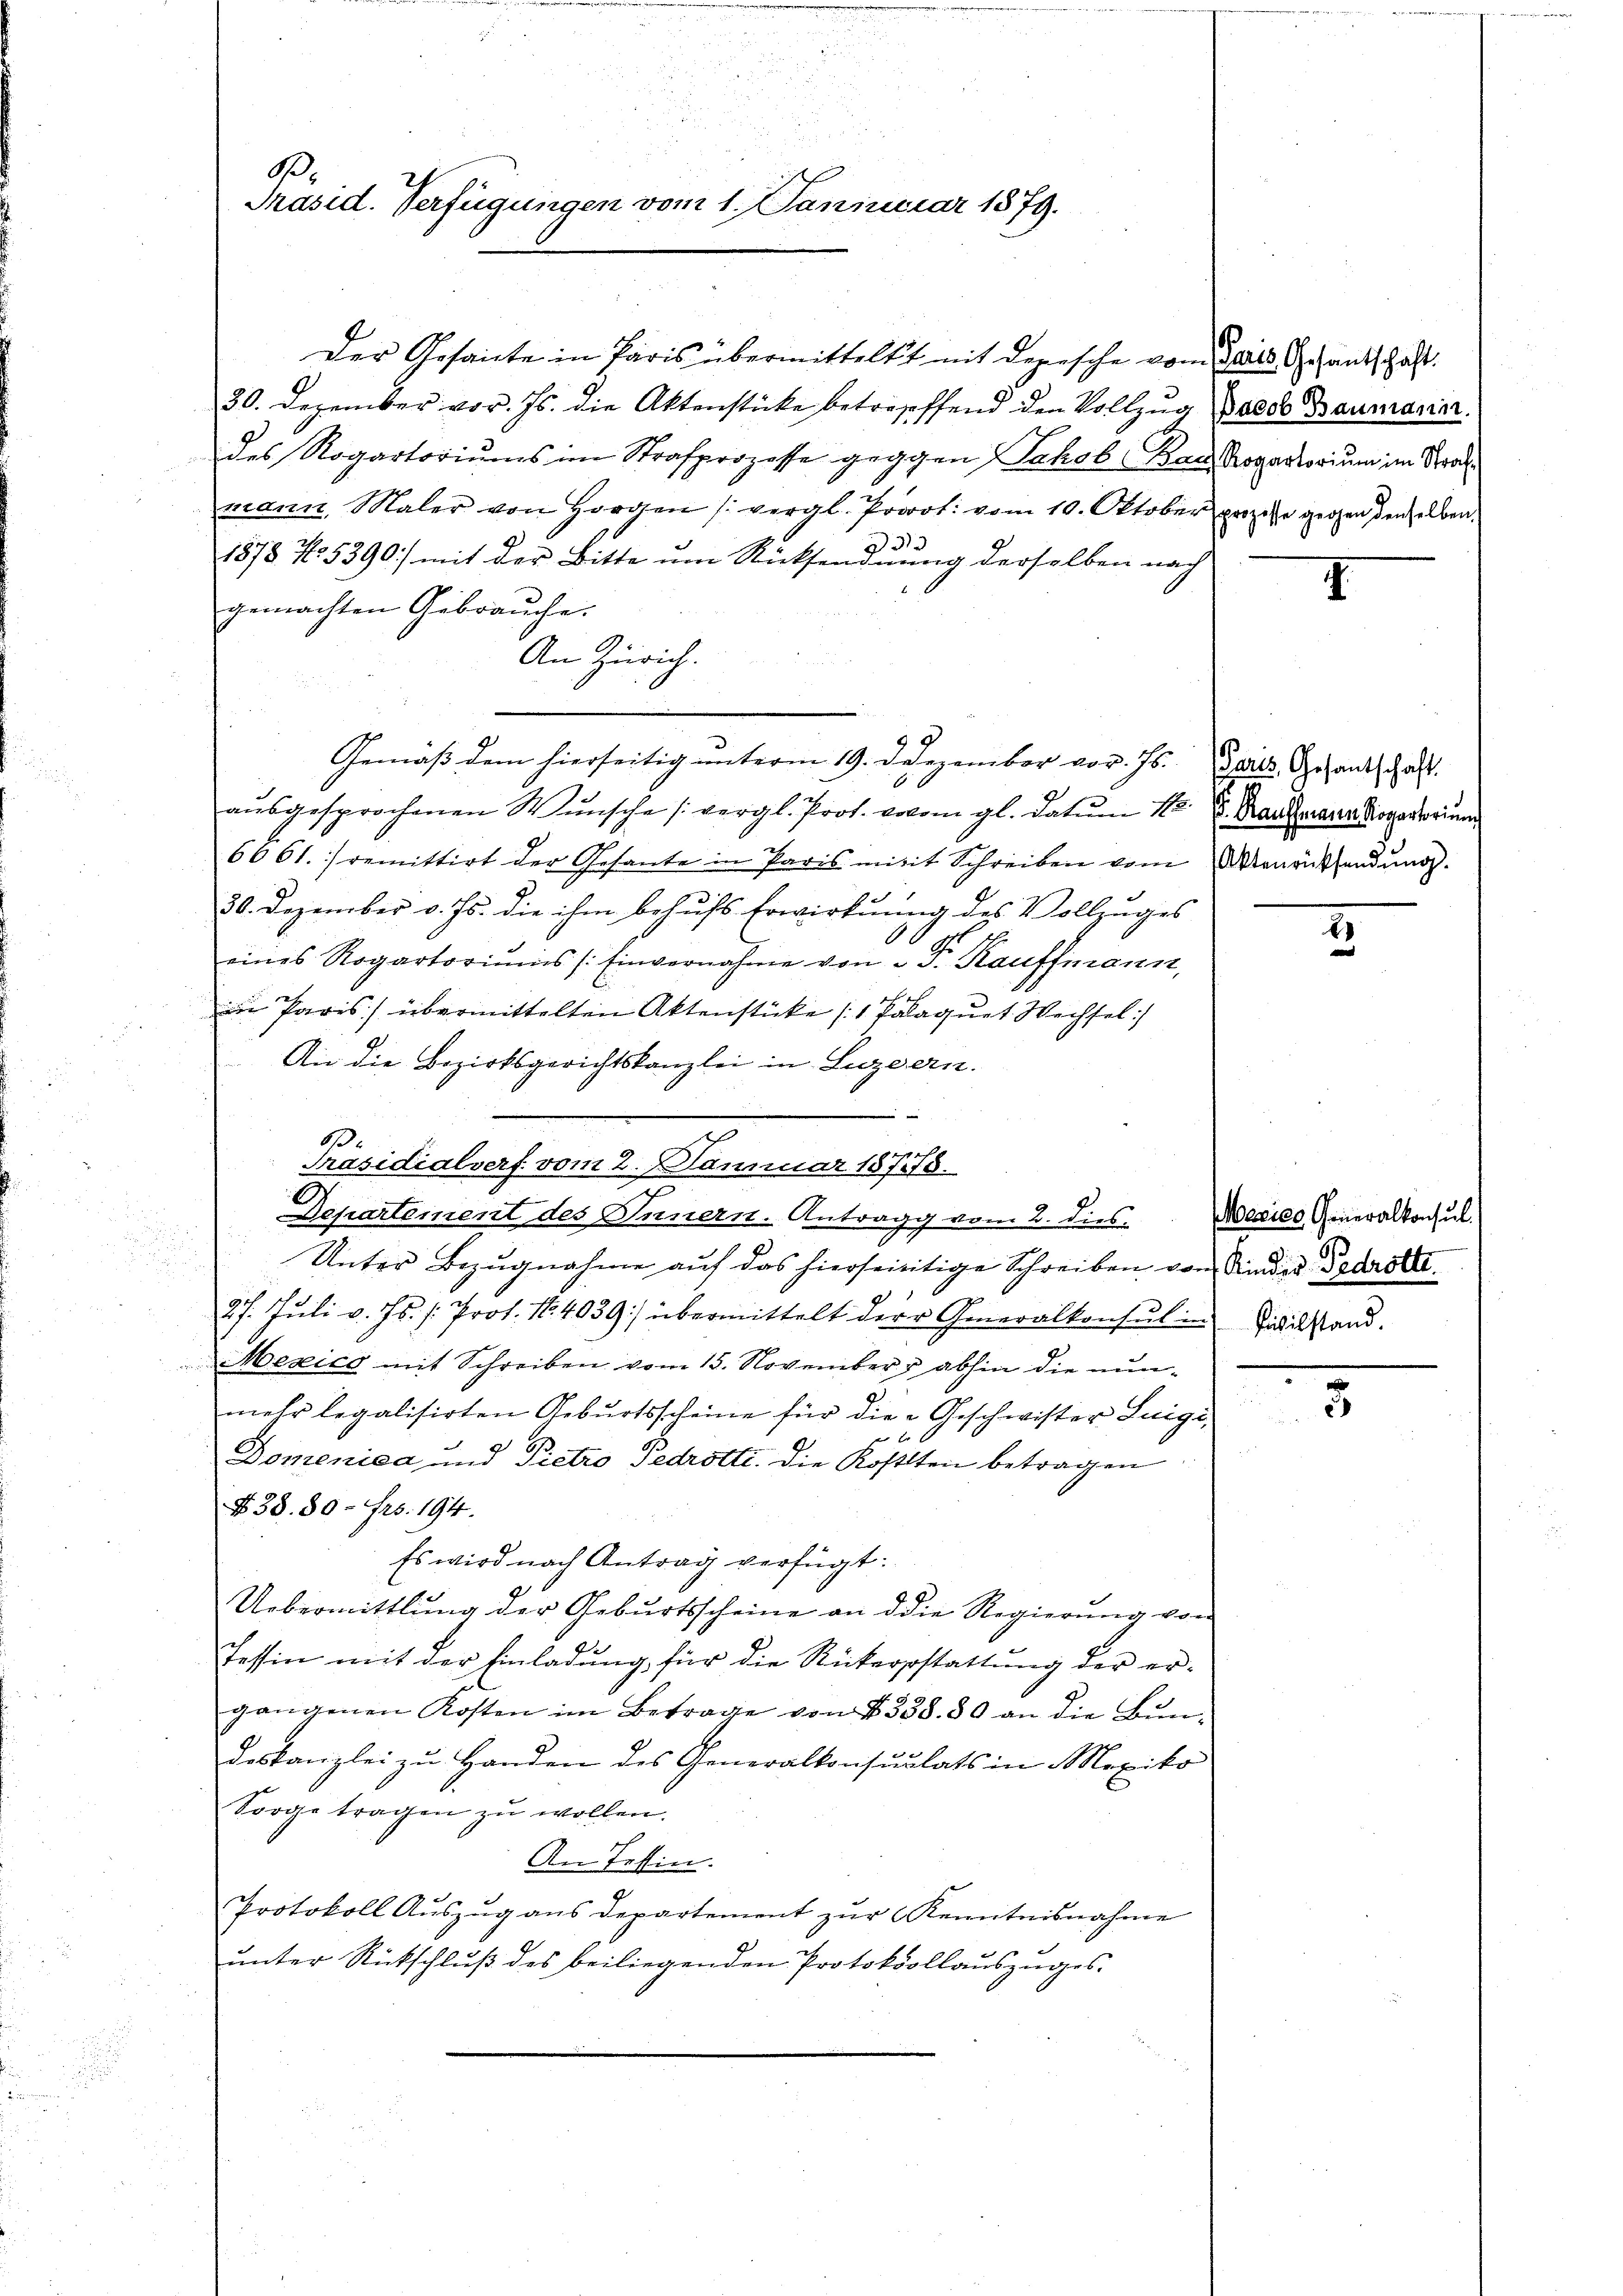
B.
Präsid. Verfügungen vom 1. Januar 1879.

30. Dezember vor. Js. die Aktenstücke betreffend den Vollzug Jacob Baumann.
des Rogatoriums im Strafprozesse gegen Jakob Bauz rogatorium im Strafmann, Maler von Horgen (vergl. Prot. vom 10. Oktober prozeße gegen denselben.
e
1878 No 5390) mit der Bitte um Rücksendnung derselben nach
gemachten Gebrauche.
An Zürich.
Gemäß dem hierseitig unterm 19. Desezember vor. Js. als Gesandtschaft.
ausgesprochenen Wünsche (vergl. Prot. votom gl. datum 1. v. Karteranzkopovoru
6661. gemittirt der Gesante in Paris mitit Schreiben vom Neurüksendung.
30. Dezember v. Js. die ihm behufs Erwirkung des Vollzuges
eines Rogartoriums /: Einvernahme von 2 Fr. Kauffmann,
in Paris übermittelten Aktenstücke (1 Palaquet Wechsel
An die Bezirksgerichtskanzlei in Luzern.

Präsidialverf. vom 2. Januar 18778.
Departement des Innern. Antragg vom 2. dies Medico Generalkonsul
Unter Bezugnahme auf das hierseitige Schreiben von Kindes Gedrötte
27. Juli v. Js. /: Prot. No. 4039) übermittelt der Generalkonsul in Pivilstand.
Mexico mit Schreiben vom 15. Novemberg abhin die nunmehr legalisirten Geburtsscheine für die Geschwister Luigi,
Domenica und Pietro Pedrotte. Die Kostlten betragen
N 38. 30- Frs. 194.
Es wird nach Antrag verfügt:
Uebermittlung der Geburtsscheine an die Regierung von
fessin mit der Einladung für die Rükerstattung der er-
gangenen Kosten im Betrage von § 338. 80 an die Bundeskanzlei zu Handen des Generalkonsulats in Mexiko
Sorge tragen zu wollen.
An Tessin.
Protokoll Auszug ans departement zur Kenntnisnahme
unter Rückschluß des beiliegenden Protokollauszuges.

Der Gesante in Paris übermittelst mit Depesche vom Jais Gesandschaft

E

3